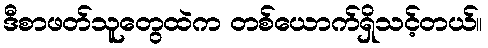
ဒီစာဖတ်သူတွေထဲက တစ်ယောက်ရှိသင့်တယ်။